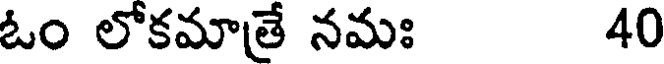
ఓం లోకమాత్రే నమః 40